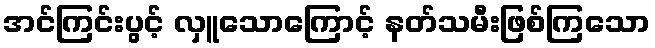
အင်ကြင်းပွင့် လှူသောကြောင့် နတ်သမီးဖြစ်ကြသော